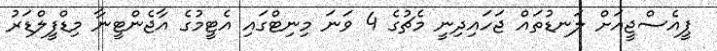
ޕީއެސްޖީއަށް ލަނޑުތައް ޖަހައިދިނީ މެޗުގެ 4 ވަނަ މިނިޓްގައި އެޓީމުގެ އާޖެންޓީނާ މިޑްފީލްޑަރު